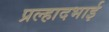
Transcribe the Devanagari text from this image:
प्रल्हादभाई